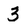
Character: 3